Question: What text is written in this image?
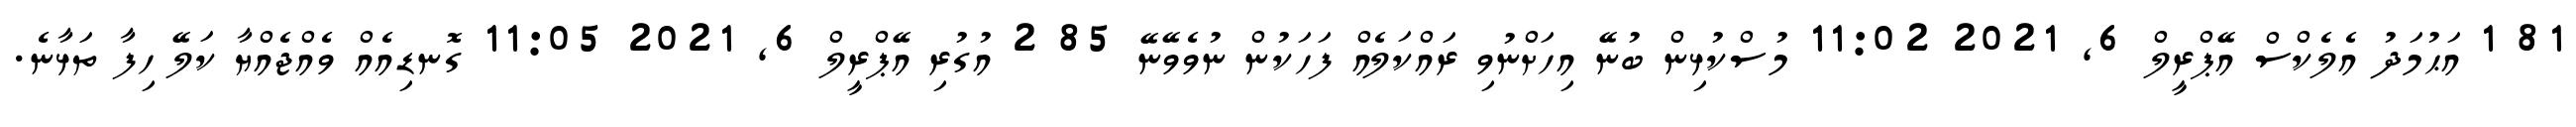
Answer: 81 1 އަޙުމަދު އެލެކްސް އޭޕްރީލް 6, 2021 11:02 މުސްކުޅިން ބުނޭ އިހަށްނުވި ރައްކަލެއް ފަހަކުން ނުވެވޭނޭ 85 2 އުގުރި އޭޕްރީލް 6, 2021 11:05 ގޮނޑިއެއް ވެއްޖެއްޔާ ކަލޭ ހިފާ ތަޅާނެ.